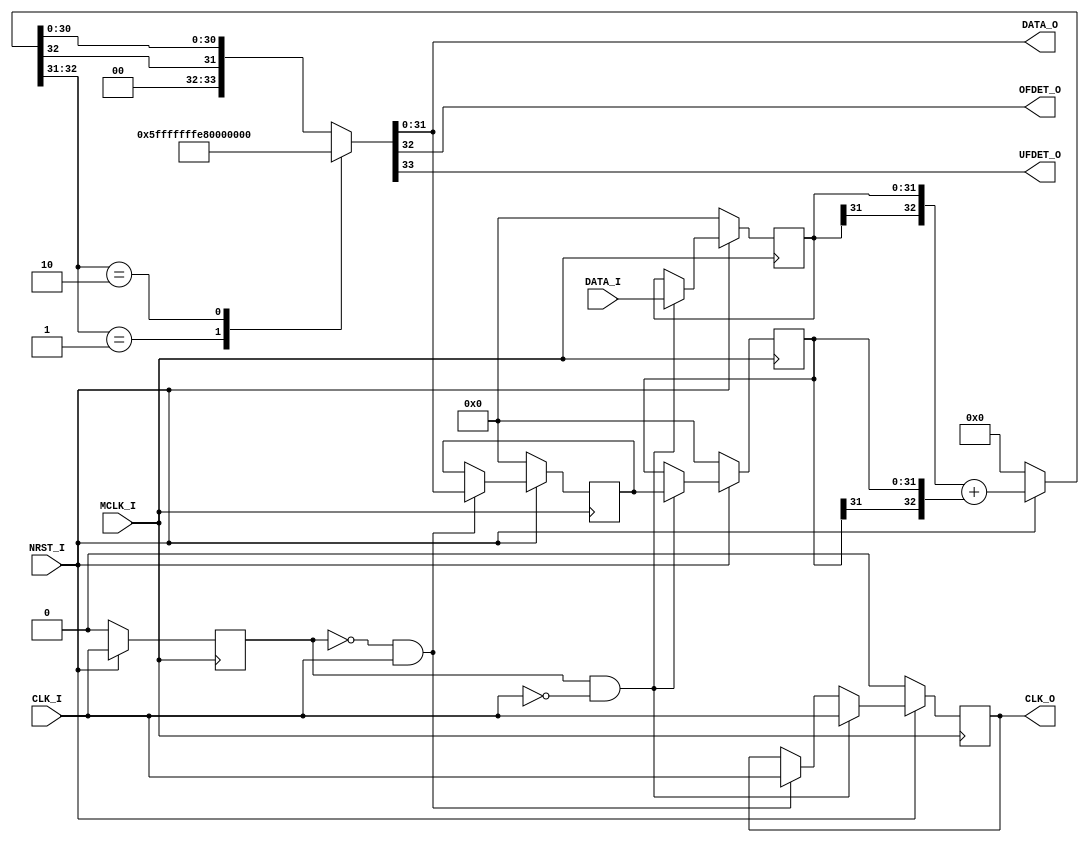
// This program was cloned from: https://github.com/AUDIY/AUDIY_Verilog_IP
// License: CERN Open Hardware Licence Version 2 - Permissive

/*-----------------------------------------------------------------------------
* INTEGRATOR_BACK.v
*
* Back Eular Method Integrator (w/ Saturation) Module
*
* Transfer Function:
*      1             z
* ------------ or -------
*  1 - z^(-1)      z - 1 
*
* Version: 1.02
* 
* Port
*   Input
*       MCLK_I : Master Clock Input
*       CLK_I  : Data Clock Input
*       DATA_I : Data Input (Width: DATA_BIT_WIDTH)
*       NRST_I : Synchronous Reset Input (Active LOW)
*
*   Output
*       CLK_O  : Data Clock Output
*       DATA_O : Integrated Data Output
*       OFDET_O: Overflow Detection
*                1'b1: Overflow
*                1'b0: Valid (NOT Overflow)
*       UFDET_O: Underflow Detection
*                1'b1: Underflow
*                1'b0: Valid (NOT Underflow)
*
* Parameters
*   DATA_BIT_WIDTH: Input Data Bit Width (Default: 32)
*
* License under CERN-OHL-P v2
--------------------------------------------------------------------------------
| Copyright AUDIY 2024.                                                        |
|                                                                              |
| This source describes Open Hardware and is licensed under the CERN-OHL-P v2. |
|                                                                              |
| You may redistribute and modify this source and make products using it under |
| the terms of the CERN-OHL-P v2 (https:/cern.ch/cern-ohl).                    |
|                                                                              |
| This source is distributed WITHOUT ANY EXPRESS OR IMPLIED WARRANTY,          |
| INCLUDING OF MERCHANTABILITY, SATISFACTORY QUALITY AND FITNESS FOR A         |
| PARTICULAR PURPOSE. Please see the CERN-OHL-P v2 for applicable conditions.  |
--------------------------------------------------------------------------------
*
-----------------------------------------------------------------------------*/
module INTEGRATOR_BACK #(
    /* Parameter Definition */
    parameter DATA_BIT_WIDTH = 32
)(
    /* Input Port Definition */
    input  wire                             MCLK_I ,
    input  wire                             CLK_I  ,
    input  wire signed [DATA_BIT_WIDTH-1:0] DATA_I ,
    input  wire                             NRST_I ,

    /* Output Port Definition */
    output wire                             CLK_O  ,
    output wire signed [DATA_BIT_WIDTH-1:0] DATA_O ,
    output wire                             OFDET_O,
    output wire                             UFDET_O
);

    /* Internal wire/reg Definition */
    reg CLKI_REG = 1'b0;
    reg CLKO_REG = 1'b0;
    reg signed [DATA_BIT_WIDTH-1:0] DATA_REG_POS = {(DATA_BIT_WIDTH){1'b0}};
    reg signed [DATA_BIT_WIDTH-1:0] DATA_REG_NEG = {(DATA_BIT_WIDTH){1'b0}};
    reg signed [DATA_BIT_WIDTH-1:0] DATAI_REG    = {(DATA_BIT_WIDTH){1'b0}}; 
    wire signed [DATA_BIT_WIDTH:0] SUM_DATA;

    assign SUM_DATA = (NRST_I == 1'b0) ? {(DATA_BIT_WIDTH+1){1'b0}} : ({DATAI_REG[DATA_BIT_WIDTH-1], DATAI_REG} + {DATA_REG_NEG[DATA_BIT_WIDTH-1], DATA_REG_NEG});

    always @(posedge MCLK_I ) begin
        if (NRST_I == 1'b0) begin
            CLKI_REG     <=                   1'b0;
            CLKO_REG     <=                   1'b0;
            DATA_REG_POS <= {(DATA_BIT_WIDTH){1'b0}};
            DATA_REG_NEG <= {(DATA_BIT_WIDTH){1'b0}};
            DATAI_REG    <= {(DATA_BIT_WIDTH){1'b0}};
        end else begin
            CLKI_REG <= CLK_I;

            /* Positive Edge of Data Clk (CLK_I) */
            if ((CLKI_REG == 1'b0) && (CLK_I == 1'b1)) begin
                CLKO_REG     <= CLK_I ;
                DATA_REG_POS <= DATA_O;
            end

            /* Negative Edge of Data Clock (CLK_I) */
            if ((CLKI_REG == 1'b1) && (CLK_I == 1'b0)) begin
                CLKO_REG     <= CLK_I       ;
                DATAI_REG    <= DATA_I      ;
                DATA_REG_NEG <= DATA_REG_POS;
            end
        end
    end

    /* Assign Output */
    assign {UFDET_O, OFDET_O, DATA_O} = assign_out(SUM_DATA);
    assign CLK_O = CLKO_REG;

    /* Saturation process */
    // Output: {UFDET_O, OFDET_O, DATA_O}
    function [DATA_BIT_WIDTH+1:0] assign_out;
        input [DATA_BIT_WIDTH:0] SUMDATA;
    begin
        case (SUMDATA[DATA_BIT_WIDTH:DATA_BIT_WIDTH-1])
            2'b01: begin
                // Overflow
                // Ex. 5'b01111 + 5'b00001 = 5'b01111 (6'b010000)
                assign_out = {1'b0, 1'b1, 1'b0, {(DATA_BIT_WIDTH-1){1'b1}}};
            end

            2'b10: begin
                // Underflow
                // Ex. 5'b10000 + 5'b11110 = 5'b10000 (6'b101111)
                assign_out = {1'b1, 1'b0, 1'b1, {(DATA_BIT_WIDTH-1){1'b0}}};
            end 

            default: begin
                // Normal Operation
                assign_out = {1'b0, 1'b0, SUMDATA[DATA_BIT_WIDTH], SUMDATA[DATA_BIT_WIDTH-2:0]};
            end 
        endcase
    end  
    endfunction

endmodule